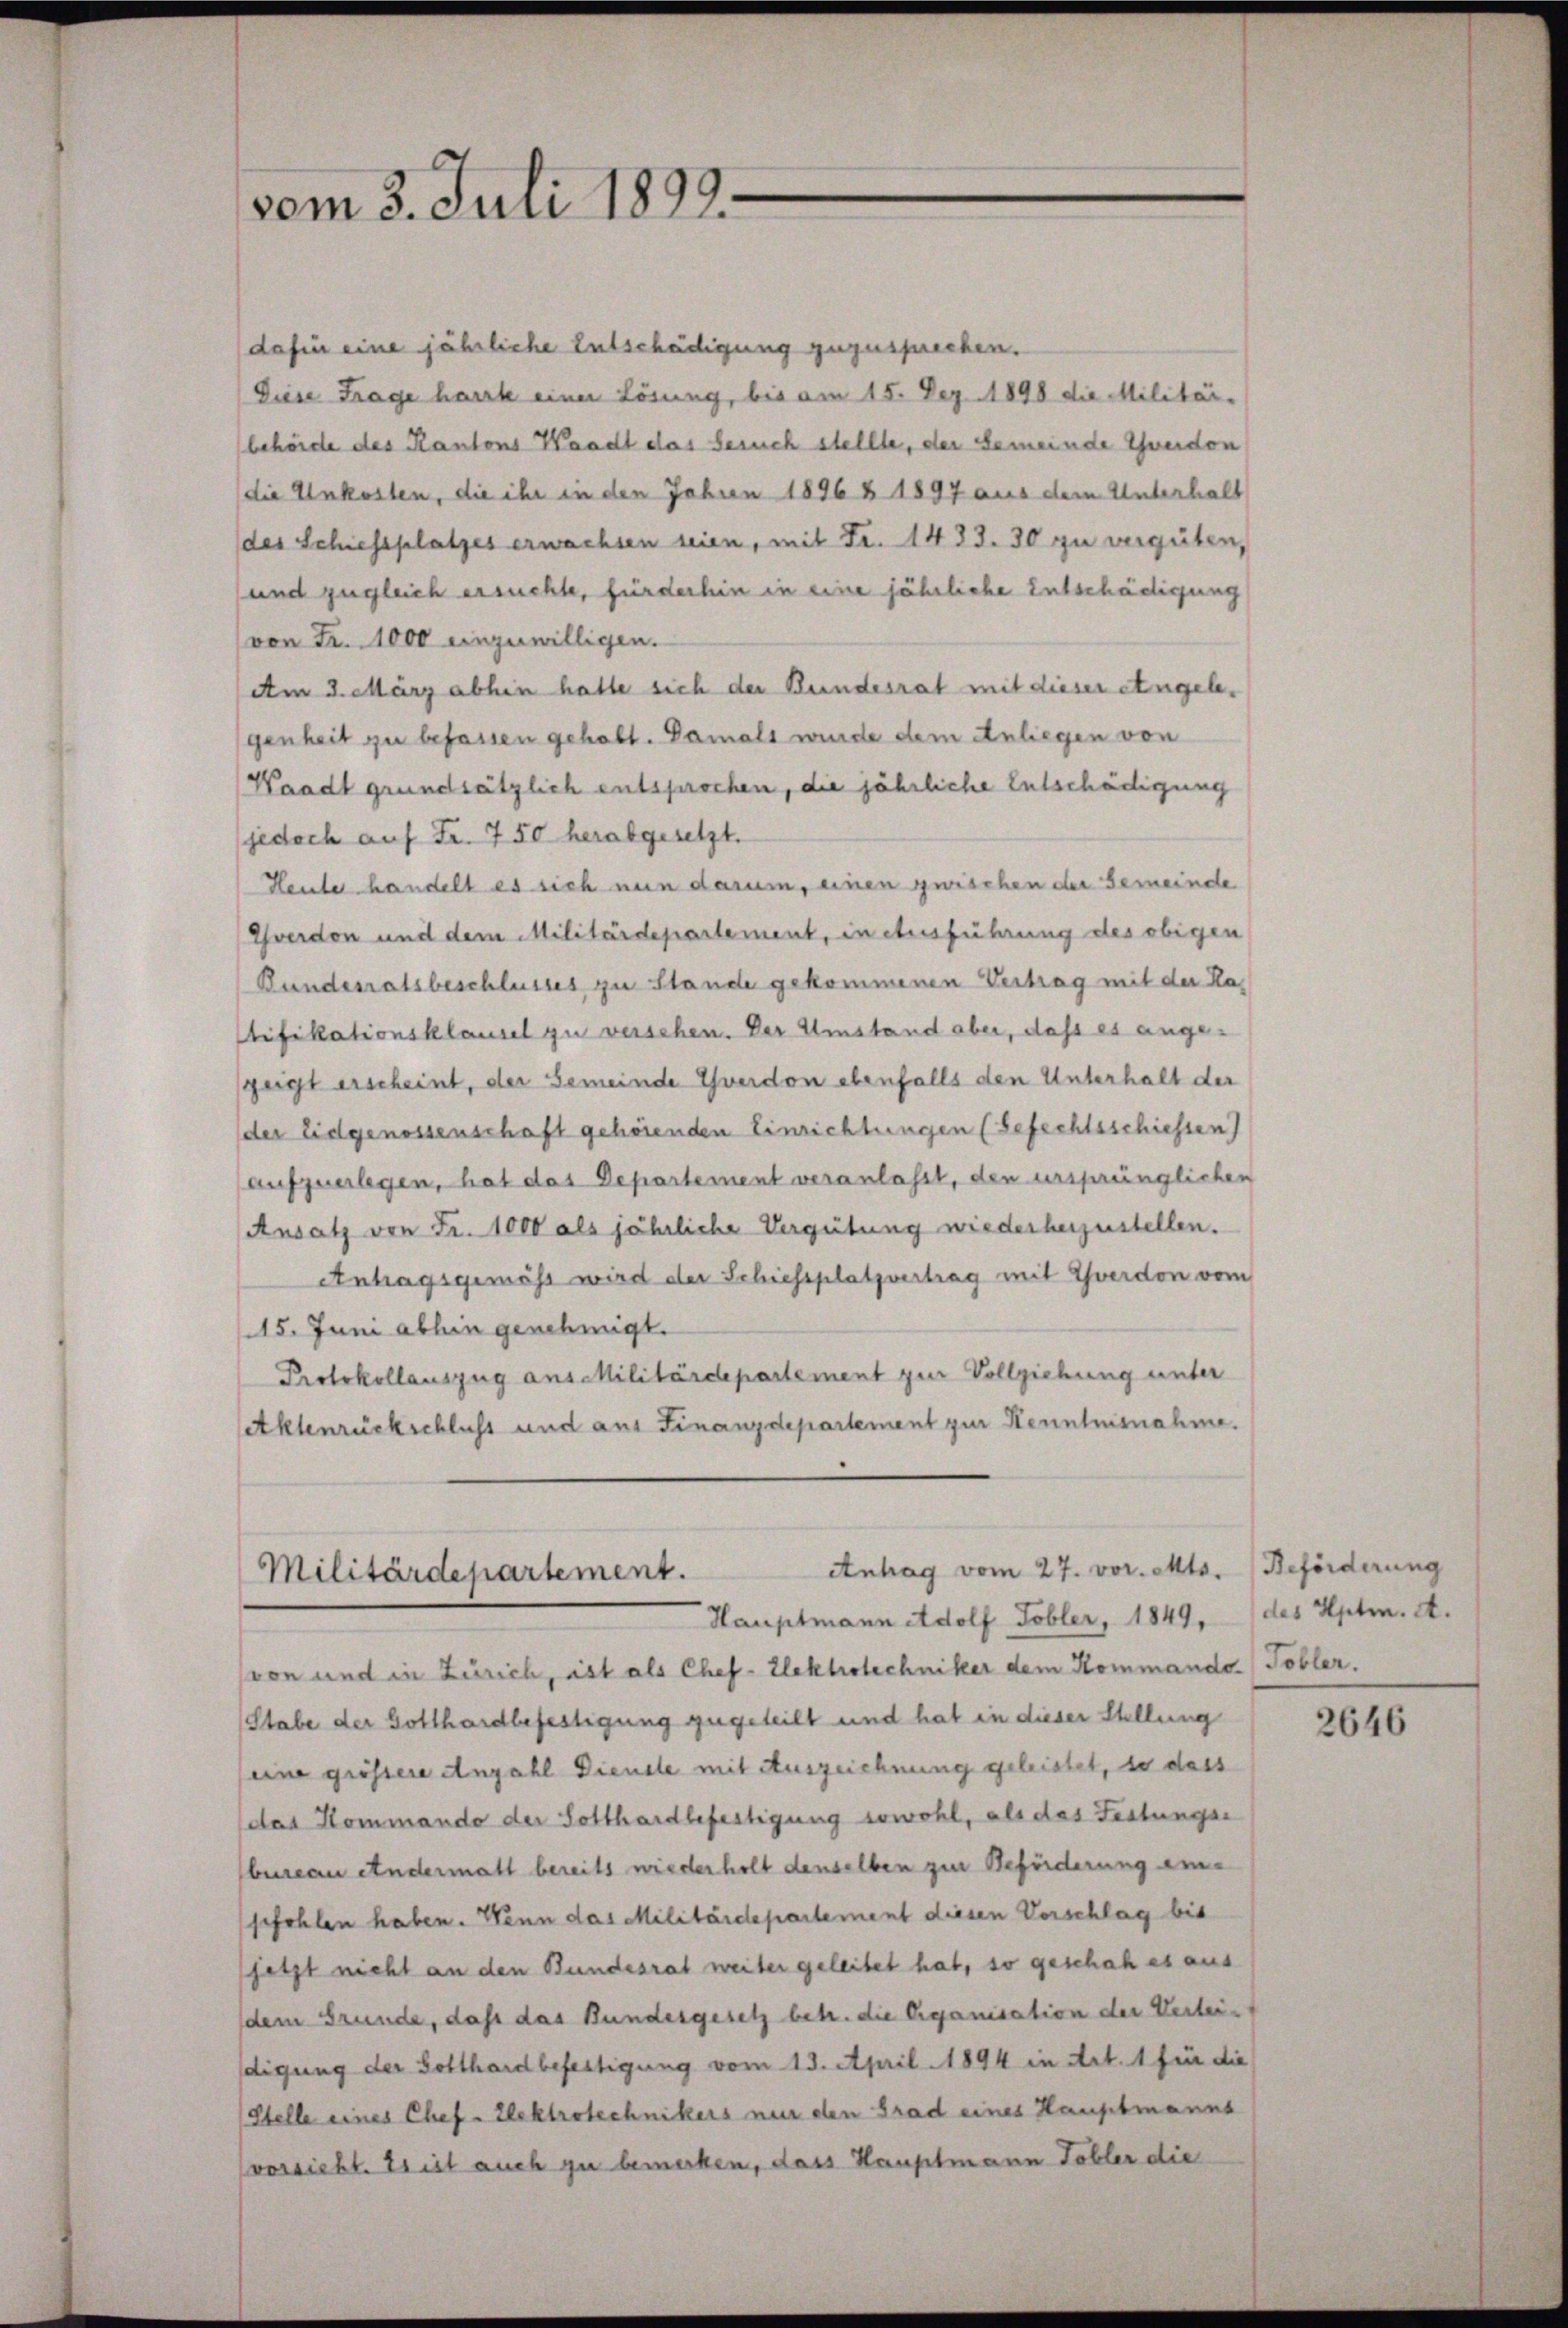
dafür eine jährliche Entschädigung zuzusprechen.
Diese Frage harrte einer Lösung, bis am 15. Dez. 1898 die Militär-
behörde des Kantons Waadt das Gesuch stellte, der Gemeinde Zweidon
die Unkosten, die ihr in den Jahren 1896 § 1897 aus dem Unterhalt
des Schiessplatzes erwachsen seien, mit Fr. 1433. 30 zu vergüten,
und zugleich ersuchte, fürderhin in eine jährliche Entschädigung
von Fr. 1000 einzuwilligen.
Am 3. März abhin hatte sich der Bundesrat mit dieser eingelegenheit zu befassen gehabt. Damals wurde dem Anliegen von
Waadt grundsätzlich entsprochen, die jährliche Entschädigung
jedoch auf Fr. 750 herabgesetzt.
Heute handelt es sich nun darum, einen zwischen der Gemeinde
Yverdon und dem Militärdepartement, in Ausführung des obigen
Bundesratsbeschlusses zu Stande gekommenen Vertrag mit der Katifikationsklausel zu verschen. Der Umstand aber, dass es ange-
geigt erscheint, der Gemeinde verdon ebenfalls den Unterhalt der
der Eidgenossenschaft gehörenden Einrichtungen (Gefechtsschiessen)
aufzuerlegen, hat das Departement veranlasst, den ursprünglichen
Ansatz von Fr. 1000 als jährliche Vergütung wiederherzustellen.
Antragsgemäss wird der Schiessplatzvertrag mit verdon vom
15. Juni abhin genehmigt.
Protokollauszug aus Militärdepartement zur Vollziehung unter
Aklenrückschluss und aus Finanzdepartement zur Kenntnisnahme.

vom 3. Juli 1899.

Antrag vom 27. vor. Mts.
Militärdepartement.
Hauptmann Adolf Tobler, 1849, des Hptm. A.

von und in Zürich, ist als Chef Elektrotechniker dem Kommanda (Tobler.
Stabe der Gotthardbefestigung zugeteilt und hat in dieser Stellung
eine grössere Anzahl Diende mit Auszeichnung geleistet, so dass
das Kommando der Gotthardbefestigung sowohl, als das Festungse
bureau andermatt bereits wiederholt denselben zur Beförderung einsefehlen haben. Wenn das Militärdepartement diesen Vorschlag bis
jetzt nicht an den Bundesrat weiter geleitet hat, so geschah es aus
dem Grunde, daß das Bundesgesetz betr. die Organisation der Verleidigung der Gotthard befestigung vom 13. April 1894 in Art. 1 für die
(Stelle eines Chef Elektrotechnikers nur den Grad eines Hauptmanns
vorsicht. Es ist auch zu bemerken, dass Hauptmann Tobler die

Beförderung

2646